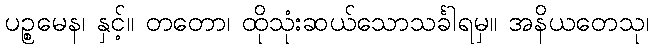
ပဉ္စမေန၊ နှင့်။ တတော၊ ထိုသုံးဆယ်သောသင်္ခါရမှ။ အနိယတေသု၊